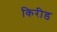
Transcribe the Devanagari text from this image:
किरीड